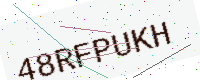
Text: 48RFPUKH